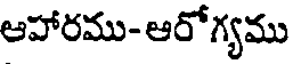
ఆహారము- ఆరోగ్యము